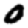
Digit: 0